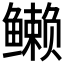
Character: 𱈖